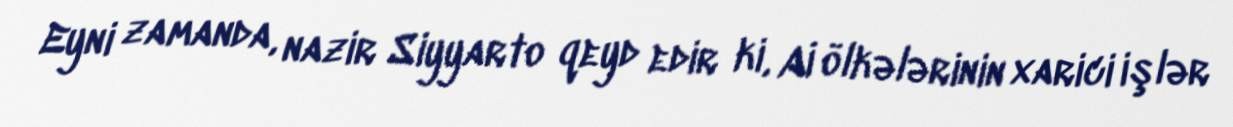
Eyni zamanda, nazir Siyyarto qeyd edir ki, Aİ ölkələrinin xarici işlər